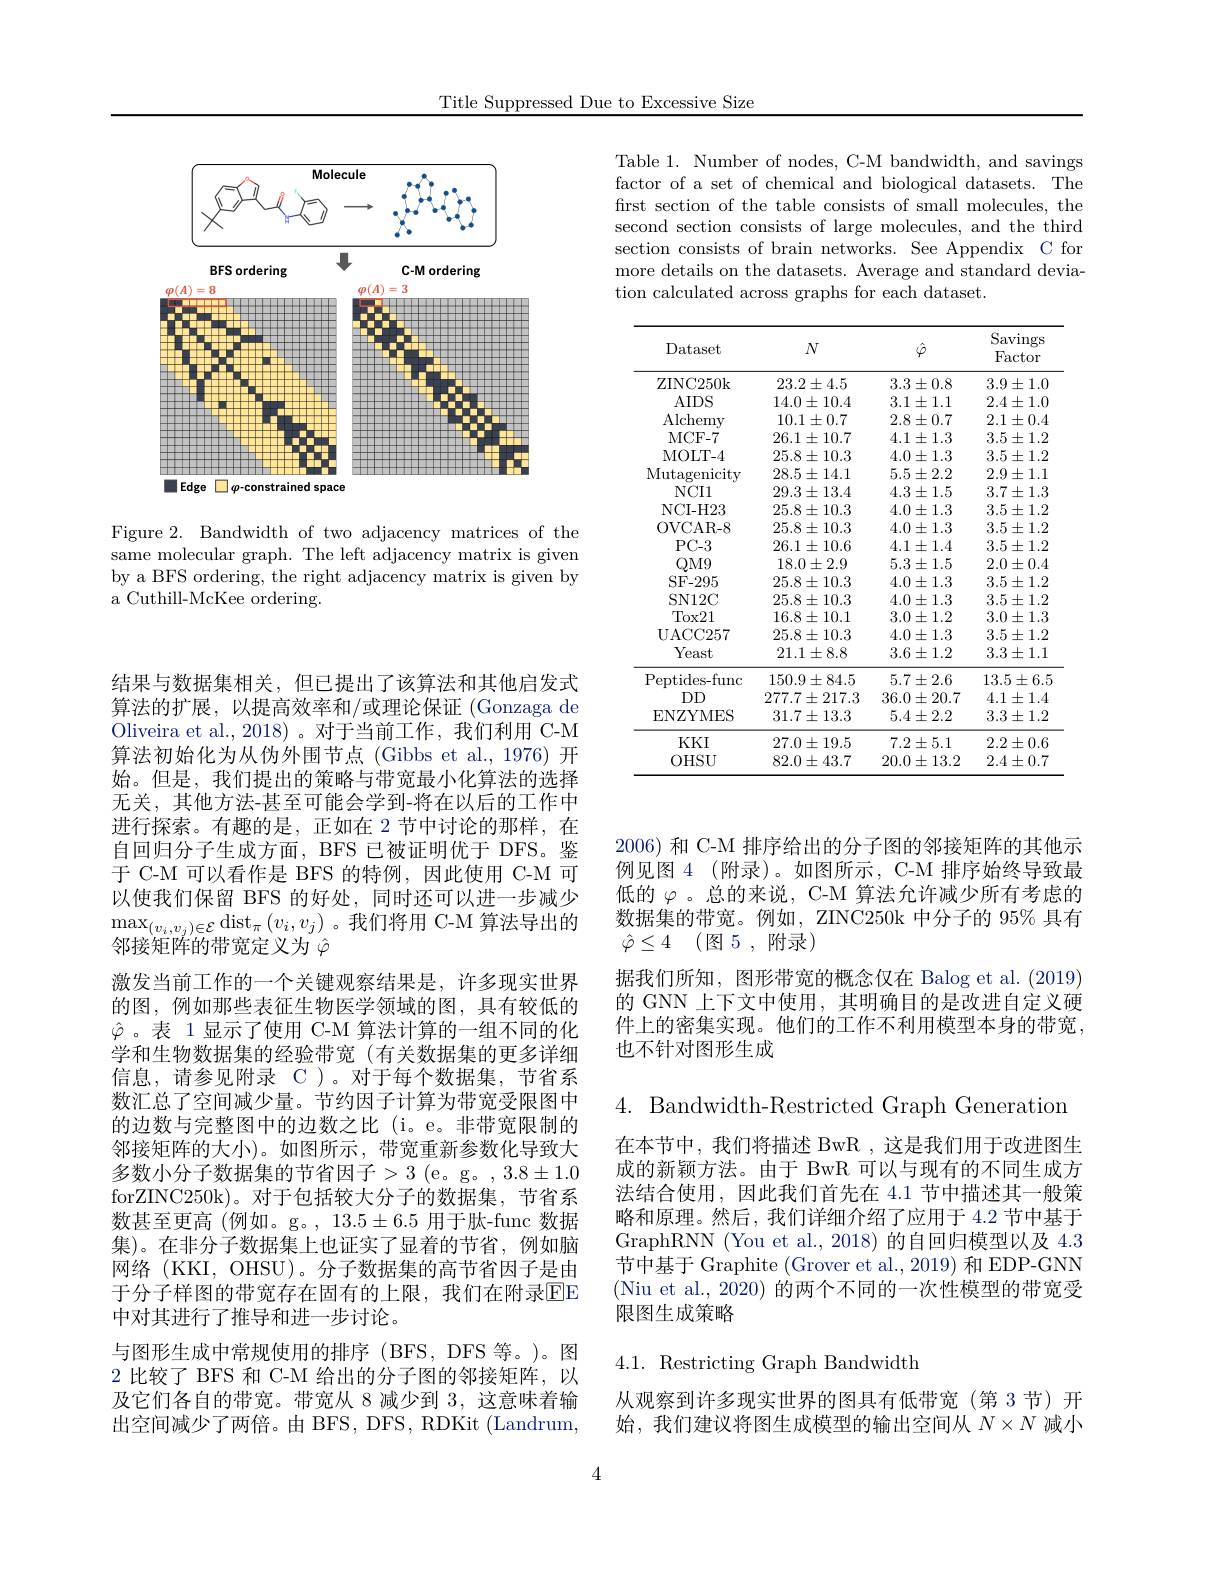
Title Suppressed Due to Excessive Size

<FigureHere>

Figure 2. Bandwidth of two adjacency matrices of the same molecular graph. The left adjacency matrix is given by a BFS ordering, the right adjacency matrix is given by a Cuthill-McKee ordering.

结果与数据集相关，但已提出了该算法和其他启发式算法的扩展，以提高效率和/或理论保证(Gonzaga de Oliveira et al., 2018)。对于当前工作，我们利用 C-M 算法初始化为从伪外围节点(Gibbs et al., 1976) 开始。但是，我们提出的策略与带宽最小化算法的选择无关，其他方法-甚至可能会学到-将在以后的工作中进行探索。有趣的是，正如在 2 节中讨论的那样，在自回归分子生成方面，BFS 已被证明优于 DFS。鉴于 C-M 可以看作是 BFS 的特例，因此使用 C-M 可以使我们保留 BFS 的好处，同时还可以进一步减少$\max_{(v_i,v_j)\in\mathcal{E}}\operatorname{dist}_\pi(v_i,v_j)$。我们将用 C-M 算法导出的邻接矩阵的带宽定义为$\hat{\varphi}$
激发当前工作的一个关键观察结果是，许多现实世界的图，例如那些表征生物医学领域的图，具有较低的$\hat{\varphi}$。表 1显示了使用 C-M 算法计算的一组不同的化学和生物数据集的经验带宽(有关数据集的更多详细信息，请参见附录 C)。对于每个数据集，节省系数汇总了空间减少量。节约因子计算为带宽受限图中的边数与完整图中的边数之比(i。e。非带宽限制的邻接矩阵的大小)。如图所示，带宽重新参数化导致大多数小分子数据集的节省因子>3 (e。g。,3.8±1.0 forZINC250k)。对于包括较大分子的数据集，节省系数甚至更高 (例如。g。, 13.5±6.5 用于肽-func 数据集)。在非分子数据集上也证实了显着的节省，例如脑网络(KKI, OHSU)。分子数据集的高节省因子是由于分子样图的带宽存在固有的上限，我们在附录$\overline{\mathrm{EE}}$ 中对其进行了推导和进一步讨论。
与图形生成中常规使用的排序(BFS,DFS 等。)。图2 比较了 BFS 和 C-M 给出的分子图的邻接矩阵，以及它们各自的带宽。带宽从 8 减少到 3,这意味着输出空间减少了两倍。由 BFS, DFS, RDKit (Landrum,

Table 1. Number of nodes, C-M bandwidth, and savings factor of a set of chemical and biological datasets. The first section of the table consists of small molecules, the second section consists of large molecules, and the third section consists of brain networks. See Appendix C for more details on the datasets. Average and standard deviation calculated across graphs for each dataset.

<table>
	<tbody>
		<tr>
			<th>Dataset</th>
			<th>$N$</th>
			<th>$\hat{\varphi}$</th>
			<th>Savings $\operatorname{Factor}$</th>
		</tr>
		<tr>
			<td>ZINC250k</td>
			<td>$23.2\pm4.5$</td>
			<td>$3.3\pm0.8$</td>
			<td>$3.9\pm1.0$</td>
		</tr>
		<tr>
			<td>$AIDS$</td>
			<td>$14.0\pm10.4$</td>
			<td>$3.1\pm1.1$</td>
			<td>$2.4\pm1.0$</td>
		</tr>
		<tr>
			<td>Alchemy</td>
			<td>$10.1\pm0.7$</td>
			<td>$2.8\pm0.7$</td>
			<td>$2.1\pm0.4$</td>
		</tr>
		<tr>
			<td>MCF- 7</td>
			<td>$26.1\pm10.7$</td>
			<td>$4.1\pm1.3$</td>
			<td>$3.5\pm1.2$</td>
		</tr>
		<tr>
			<td>MOLT-4</td>
			<td>$25.8\pm10.3$</td>
			<td>$4.0\pm1.3$</td>
			<td>$3.5\pm1.2$</td>
		</tr>
		<tr>
			<td>Mutagenicity</td>
			<td>$28.5\pm14.1$</td>
			<td>$5.5\pm2.2$</td>
			<td>$2.9\pm1.1$</td>
		</tr>
		<tr>
			<td>$NCI1$</td>
			<td>$29.3\pm13.4$</td>
			<td>$4.3\pm1.5$</td>
			<td>$3.7\pm1.3$</td>
		</tr>
		<tr>
			<td>NCI- H23</td>
			<td>$25.8\pm10.3$</td>
			<td>$4.0\pm1.3$</td>
			<td>$3.5\pm1.2$</td>
		</tr>
		<tr>
			<td>OVCAR- 8</td>
			<td>$25.8\pm10.3$</td>
			<td>$4.0\pm1.3$</td>
			<td>$3.5\pm1.2$</td>
		</tr>
		<tr>
			<td>$PC-3$</td>
			<td>$26.1\pm10.6$</td>
			<td>$4.1\pm1.4$</td>
			<td>$3.5\pm1.2$</td>
		</tr>
		<tr>
			<td>$QM9$</td>
			<td>$18.0\pm2.9$</td>
			<td>$5.3\pm1.5$</td>
			<td>$2.0\pm0.4$</td>
		</tr>
		<tr>
			<td>SF- 295</td>
			<td>$25.8\pm10.3$</td>
			<td>$4.0\pm1.3$</td>
			<td>$3.5\pm1.2$</td>
		</tr>
		<tr>
			<td>SN12C</td>
			<td>$25.8\pm10.3$</td>
			<td>$4.0\pm1.3$</td>
			<td>$3.5\pm1.2$</td>
		</tr>
		<tr>
			<td>Tox21</td>
			<td>$16.8\pm10.1$</td>
			<td>$3.0\pm1.2$</td>
			<td>$3.0\pm1.3$</td>
		</tr>
		<tr>
			<td>$\mathbf{UACC257}$</td>
			<td>$25.8\pm10.3$</td>
			<td>$4.0\pm1.3$</td>
			<td>$3.5\pm1.2$</td>
		</tr>
		<tr>
			<td>Yeast</td>
			<td>$21.1\pm8.8$</td>
			<td>$3.6\pm1.2$</td>
			<td>$3.3\pm1.1$</td>
		</tr>
		<tr>
			<td>Peptides- func</td>
			<td>$150.9\pm84.5$</td>
			<td>$5.7\pm2.6$</td>
			<td>$13.5\pm6.5$</td>
		</tr>
		<tr>
			<td>$DD$</td>
			<td>$277.7\pm217.3$</td>
			<td>$36.0\pm20.7$</td>
			<td>$4.1\pm1.4$</td>
		</tr>
		<tr>
			<td>ENZYMES</td>
			<td>$31.7\pm13.3$</td>
			<td>$5.4\pm2.2$</td>
			<td>$3.3\pm1.2$</td>
		</tr>
		<tr>
			<td>$KKI$</td>
			<td>$27.0\pm19.5$</td>
			<td>$7.2\pm5.1$</td>
			<td>$2.2\pm0.6$</td>
		</tr>
		<tr>
			<td>0HSU</td>
			<td>$82.0\pm43.7$</td>
			<td>$20.0\pm13.2$</td>
			<td>$2.4\pm0.7$</td>
		</tr>
	</tbody>
</table>

2006) 和 C-M 排序给出的分子图的邻接矩阵的其他示例见图4 (附录)。如图所示，C-M 排序始终导致最低的$\varphi$ 。总的来说，C-M 算法允许减少所有考虑的数据集的带宽。例如，ZINC250k 中分子的 95% 具有$\hat{\varphi } \leq 4$ (图 5,附录)
据我们所知，图形带宽的概念仅在 Balog et al. (2019) 的 GNN 上下文中使用，其明确目的是改进自定义硬件上的密集实现。他们的工作不利用模型本身的带宽， 也不针对图形生成

$4.{\mathrm{~Bandwidth-Restricted~Graph~Generation}}$
在本节中，我们将描述 BwR ,这是我们用于改进图生成的新颖方法。由于 BwR 可以与现有的不同生成方法结合使用，因此我们首先在 4.1 节中描述其一般策略和原理。然后，我们详细介绍了应用于 4.2 节中基于GraphRNN (You et al., 2018) 的自回归模型以及 4.3节中基于 Graphite (Grover et al.,2019) 和 EDP-GNN (Niu et al., 2020) 的两个不同的一次性模型的带宽受限图生成策略

## 4.1. Restricting Graph Bandwidth

从观察到许多现实世界的图具有低带宽(第 3 节) 开始，我们建议将图生成模型的输出空间从$N\times N$减小

4